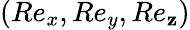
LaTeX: (Re_{x},Re_{y},Re_{\mathbf{z}})